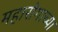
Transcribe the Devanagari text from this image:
महारोगाच्या